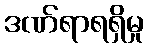
ဒဏ်ရာရရှိမှု